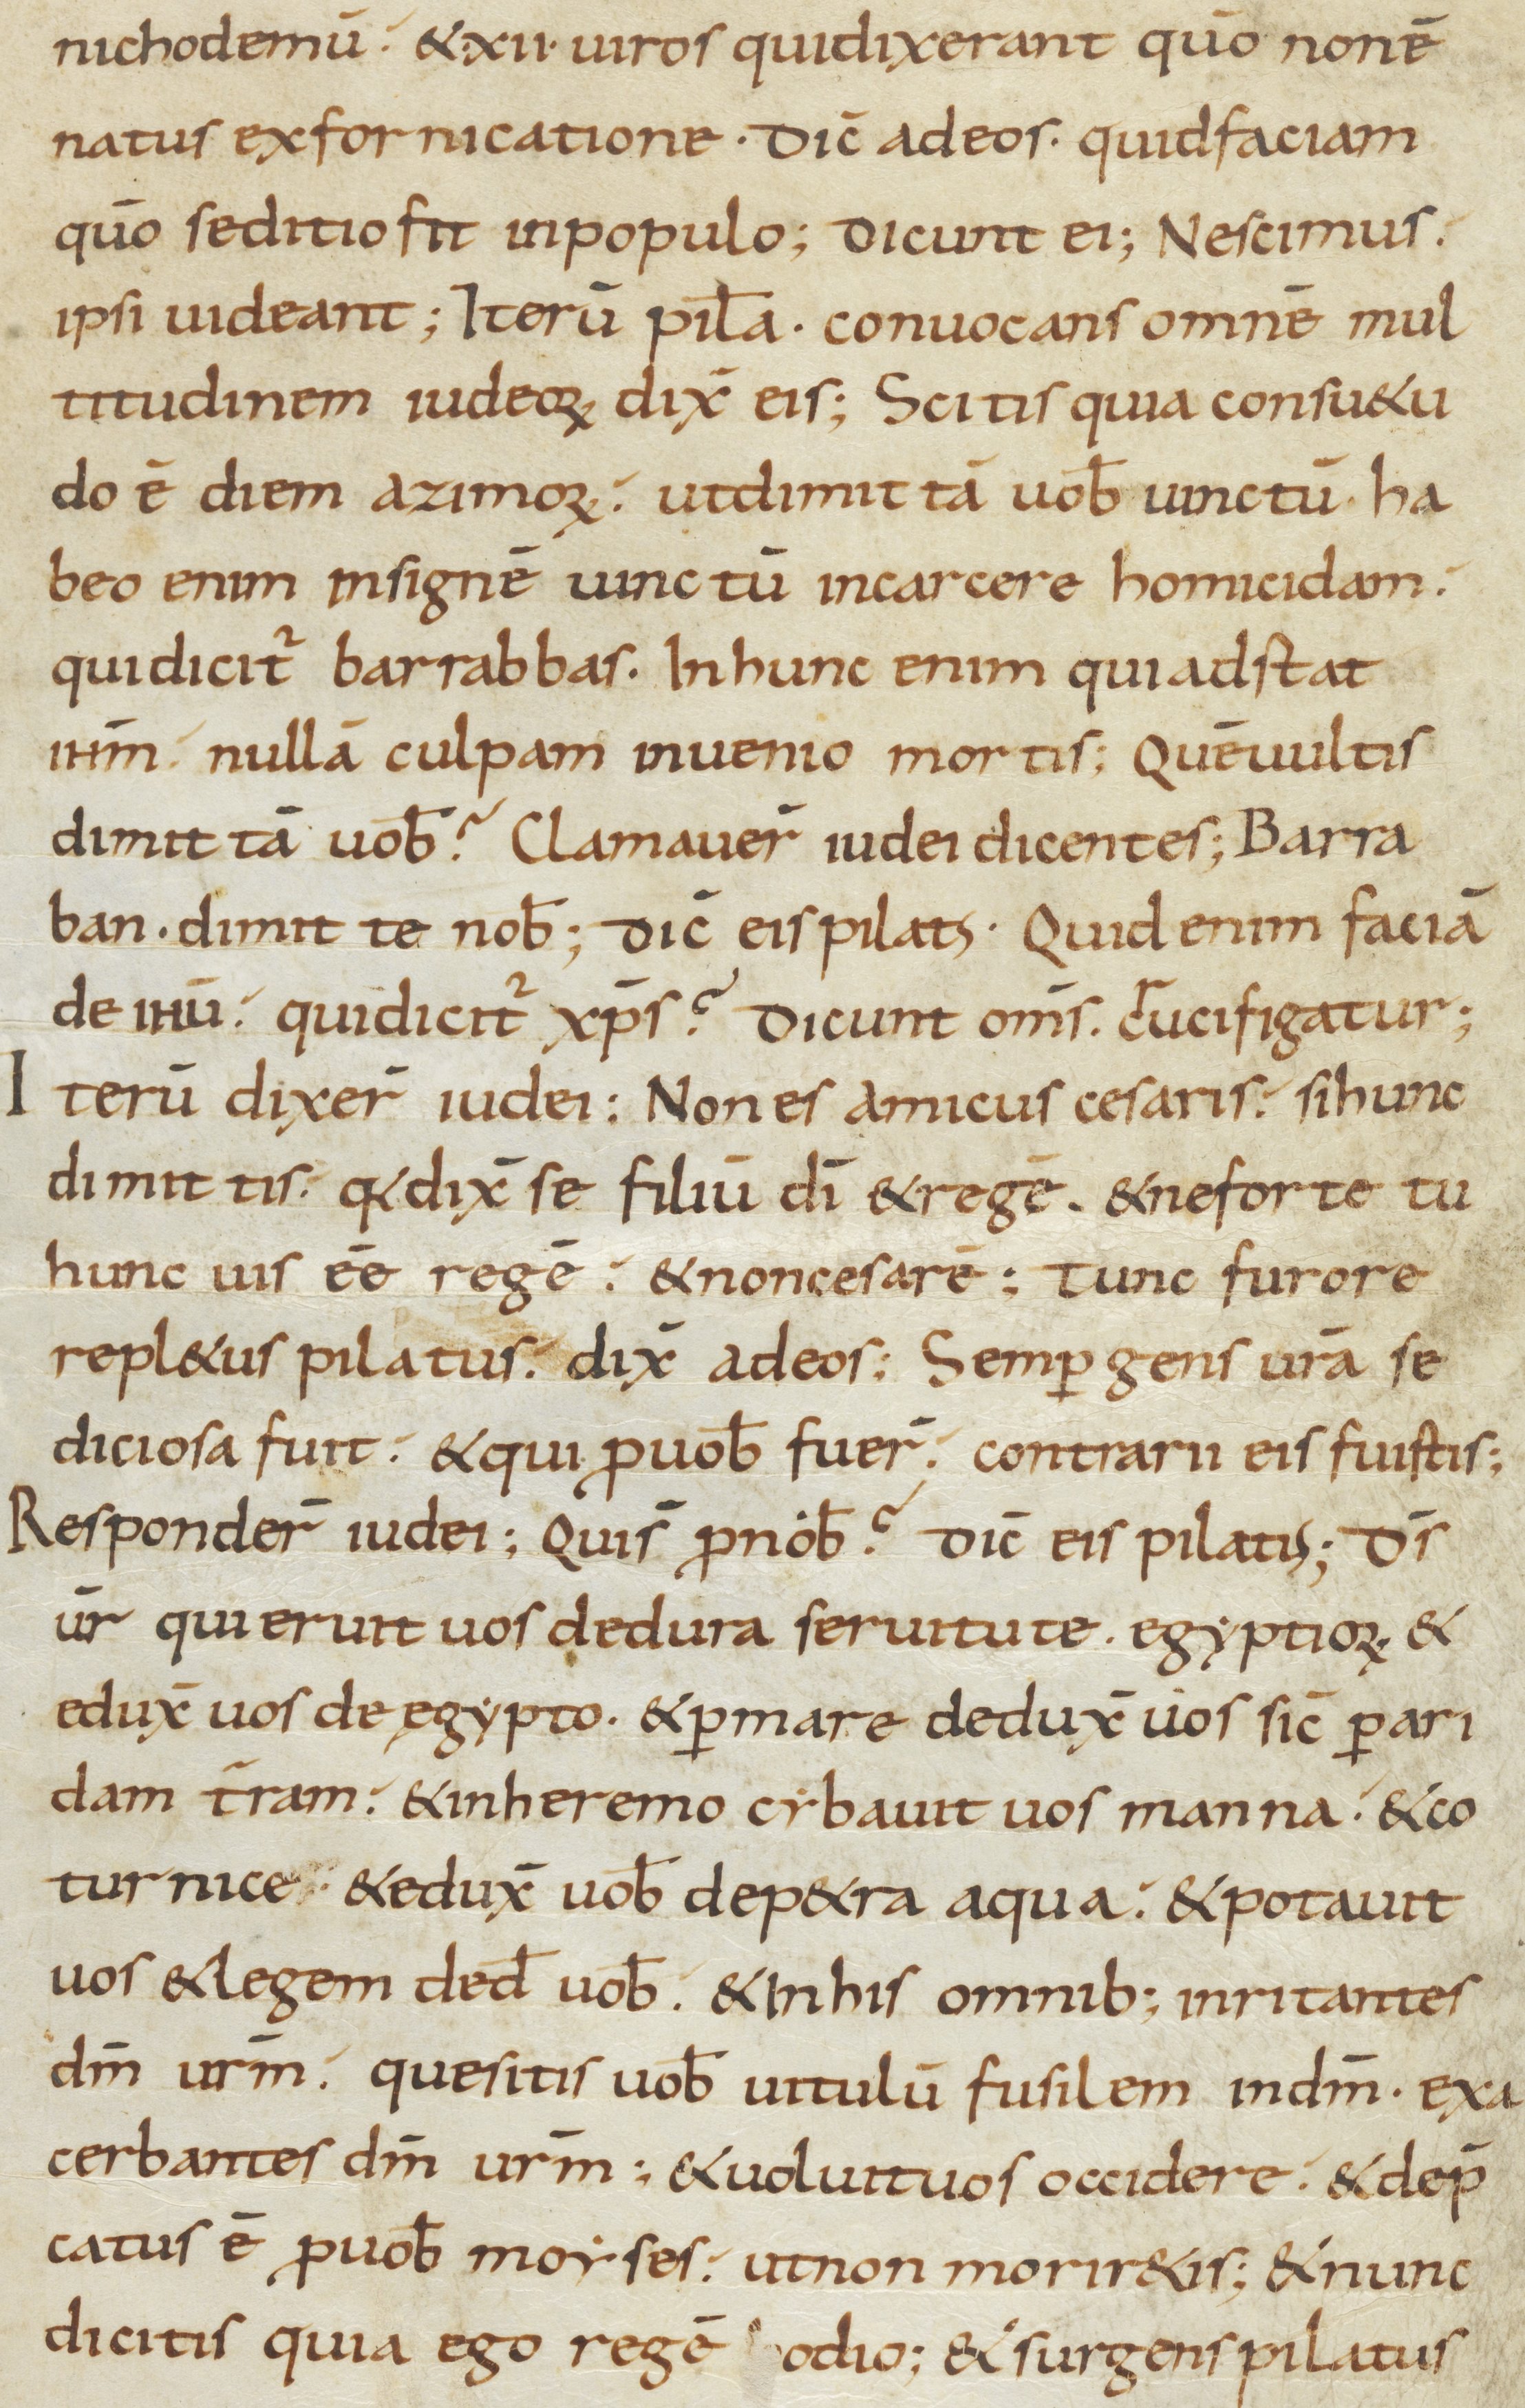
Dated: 800–999